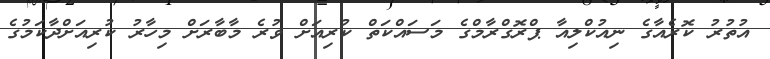
އުތުރު ކޮރެއާގެ ނިއުކްލިއާ ޕްރޮގްރާމްގެ މަސައްކަތް ކުރިއަށް ވުރެ މާބާރަށް މިހާރު ކުރިއަށްދާކަމުގެ